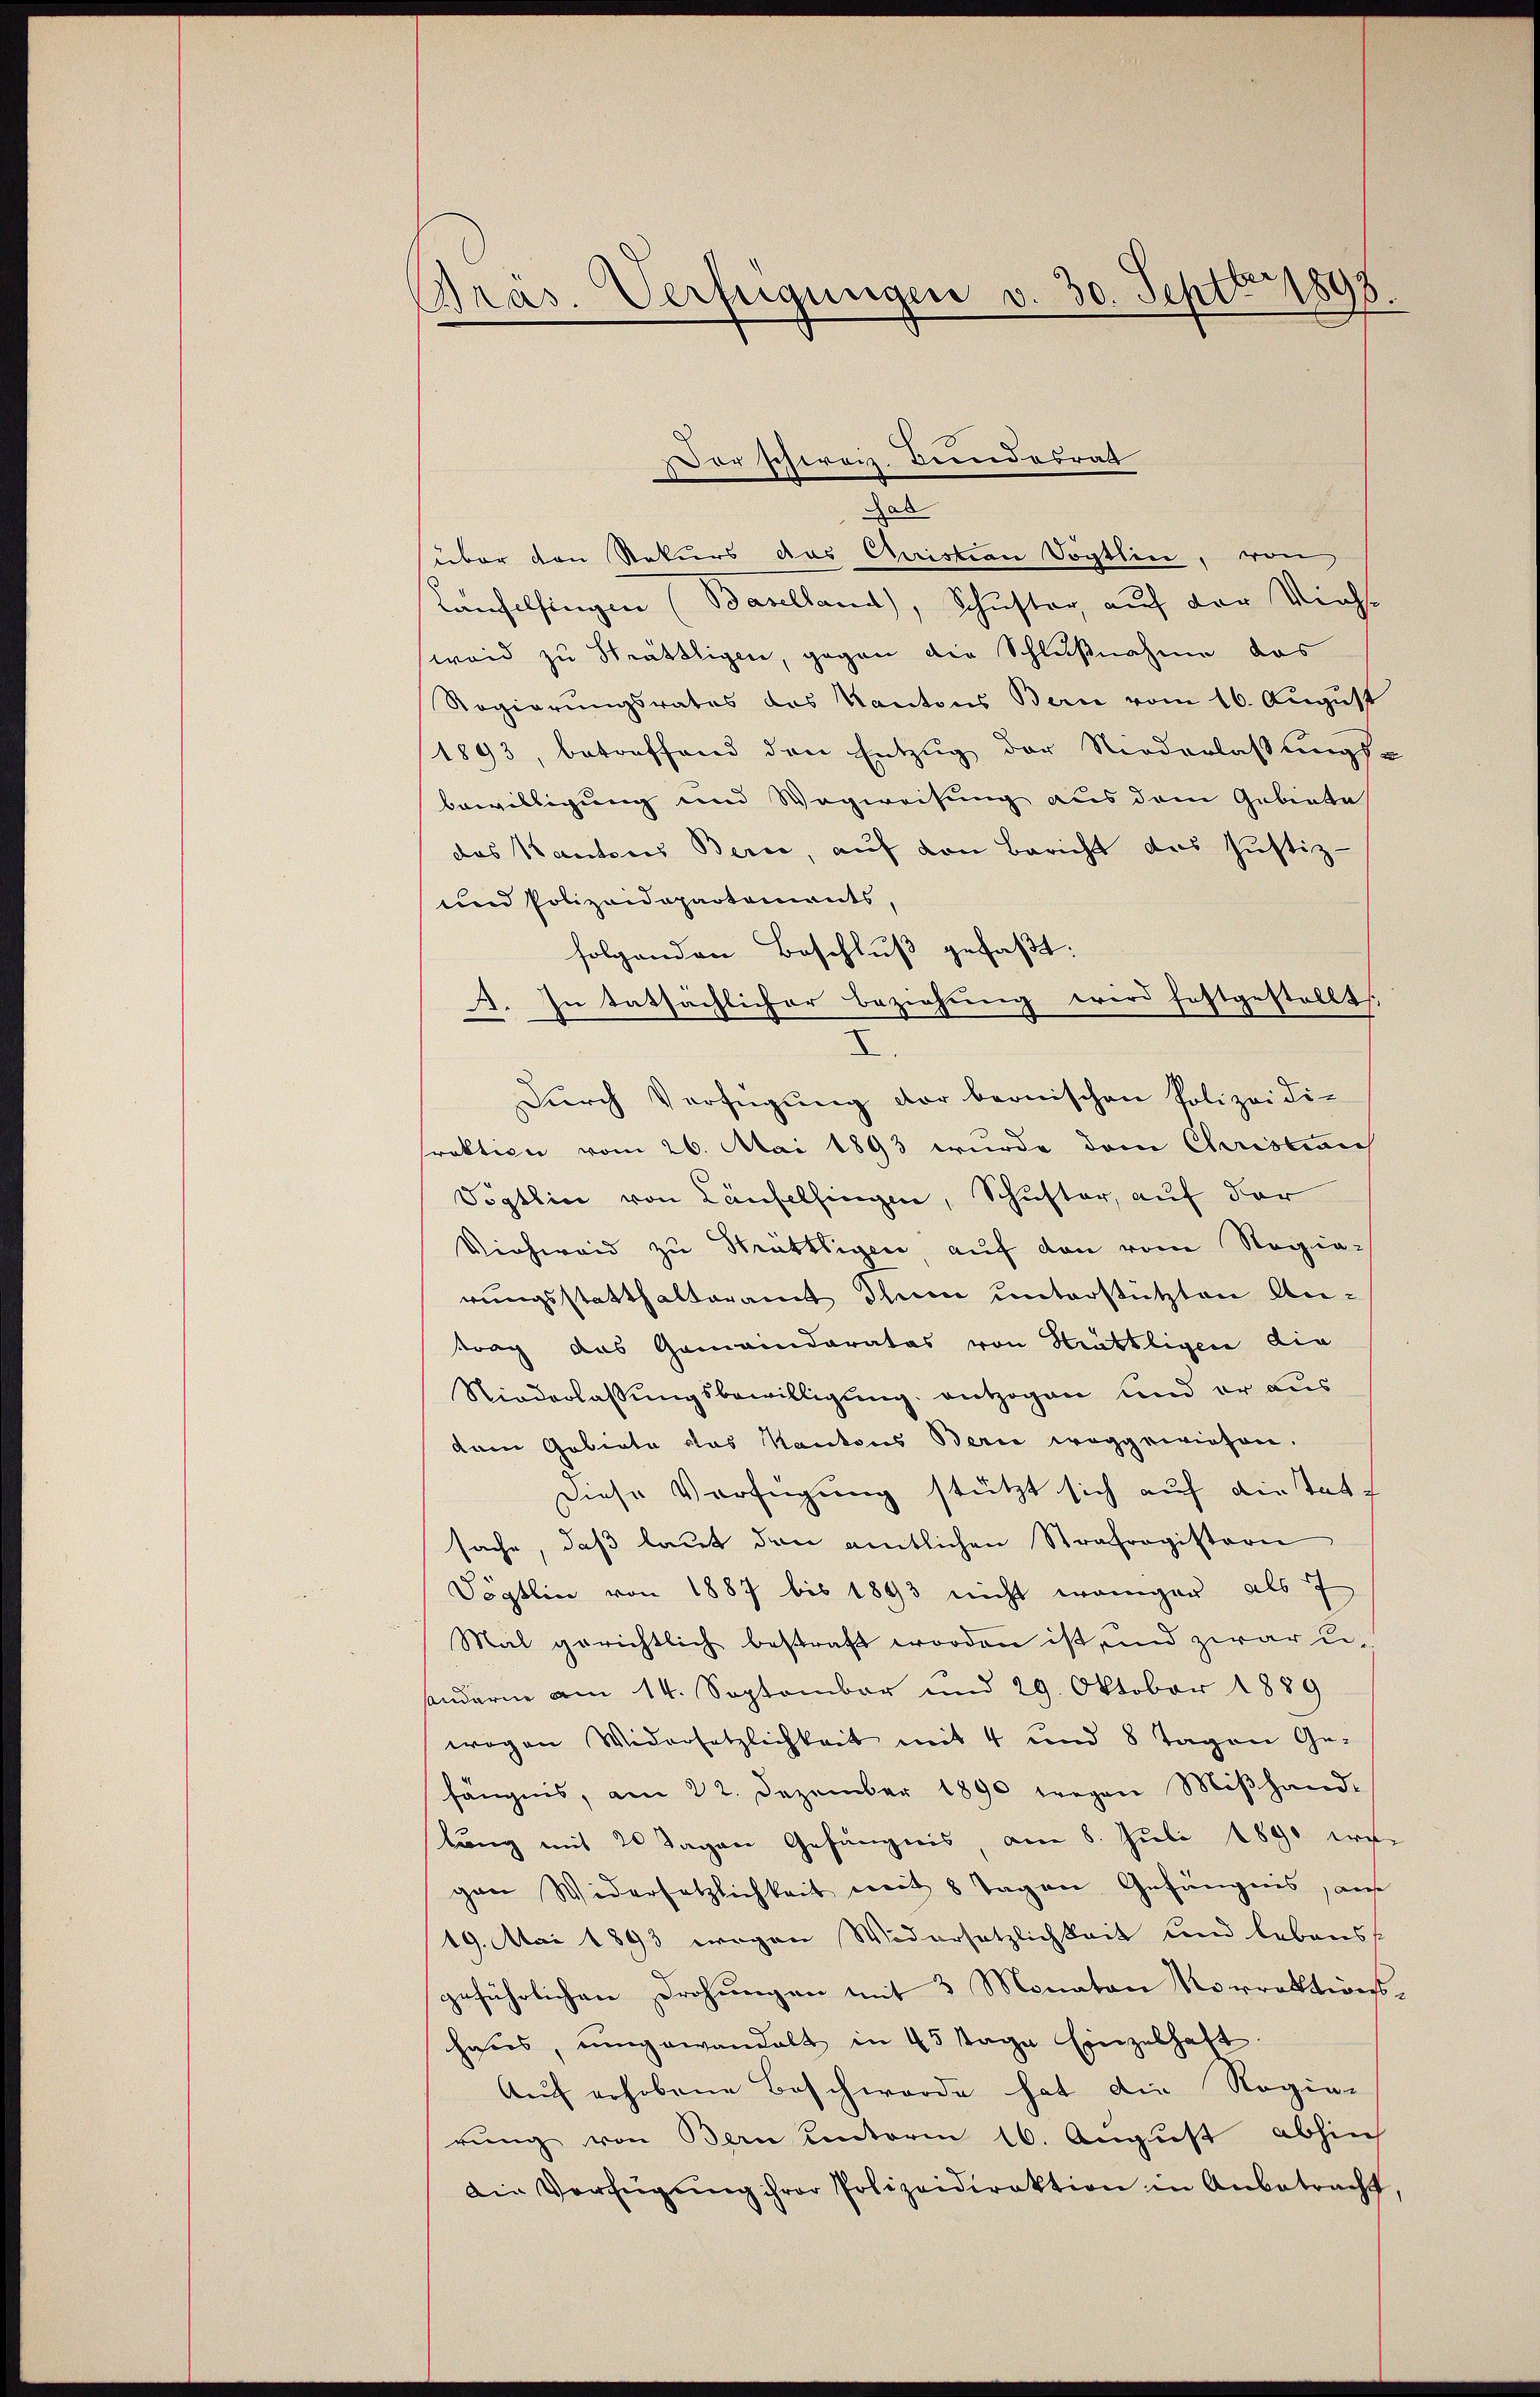
Präs. Verfügungen v. 30. Septbr 1898.

or schweiz. Bundesrat
.
ab
über den Rekurs das Christian Vögtlin, von
Laufelsingen (Baselland), Schuster auf der Viehe
weid zu Sträthligen, gegen die Schlußnahme das
Regierungsrates das Kantons Bern vom 16. August
1893, betreffend den Entzug der Niederlassungs-
bewilligung und Wegweisung aus dem Gebiete
das Kantons Berne, auf von Bericht des Justiz-
und Polizeidepartements,
folgenden Beschluß gefaßt:
A. In tatsächlicher Beziehung wird festgestellt.
8.
Dŭrch Verfügŭng der bernischen Polizeidiraktion vom 26. Mai 1893 wurde dem Christian
Vögtlin von Laufelsingen, Schuster, auf der
Viehweid zu Strättigen, auf den vom Regierungsstatthalteramt Ihnen unterstützten Antrag das Gemeinderates von Sträthligen die
Niederlassŭngsbewilligung entzogen und er aus
dem Gebiete das Kantons Berić weggewiesen.
Diese Verfügung stützt sich auf diestatt
sache, daß laut den amtlichen Strafregistern
Vögtlin von 1887 bis 1893 nicht weniger als 7
Mal gerichtlich bestraft worden ist, und zwar u.
anderne am 14. September und 29. Oktober 1889
wegen Widersetzlichkeit mit 4 und 8 Tagen Ge-
fängnis, am 22. Dezember 1890 wegen Miβhand-
lung mit 20 Tagen Gefängnis, am 8. Juli 1890 erne
gen Widersetzlichkeit weit 8 Tagen Gefängnis, auf
19. Mai 1893 wegen Widersetzlichkeit und lebens
geführlichen Drohungen mit 3 Monaten Korrektionshares, umgewandelt in 45 Tage Einzelhaft
Auf erhobene Beschwerde hat die Regie-
rung von Bern unterm 16. August abhin
Die Verfügŭng ihrer Polizeidirektion in Anbetracht,